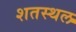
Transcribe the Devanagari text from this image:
शतस्थल